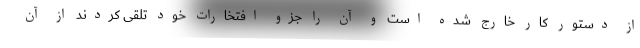
از دستور کار خارج شده است و آن را جزو افتخارات خود تلقی کردند از آن